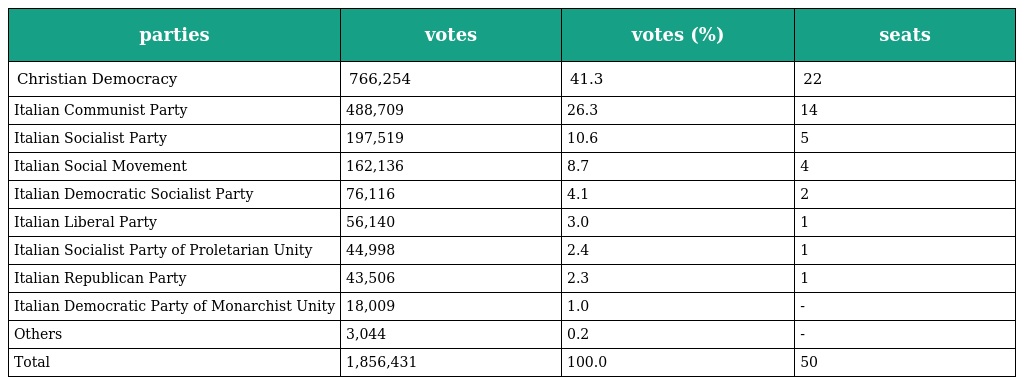
| parties | votes | votes (%) | seats |
 | --- | --- | --- | --- |
 | Christian Democracy | 766,254 | 41.3 | 22 |
 | Italian Communist Party | 488,709 | 26.3 | 14 |
 | Italian Socialist Party | 197,519 | 10.6 | 5 |
 | Italian Social Movement | 162,136 | 8.7 | 4 |
 | Italian Democratic Socialist Party | 76,116 | 4.1 | 2 |
 | Italian Liberal Party | 56,140 | 3.0 | 1 |
 | Italian Socialist Party of Proletarian Unity | 44,998 | 2.4 | 1 |
 | Italian Republican Party | 43,506 | 2.3 | 1 |
 | Italian Democratic Party of Monarchist Unity | 18,009 | 1.0 | - |
 | Others | 3,044 | 0.2 | - |
 | Total | 1,856,431 | 100.0 | 50 |